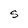
Character: S